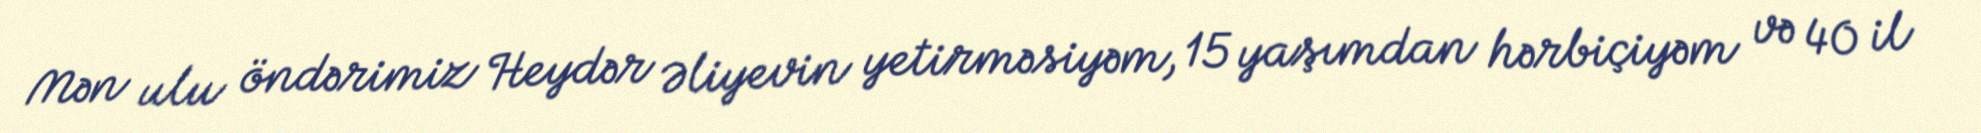
Mən ulu öndərimiz Heydər Əliyevin yetirməsiyəm, 15 yaşımdan hərbiçiyəm və 40 il